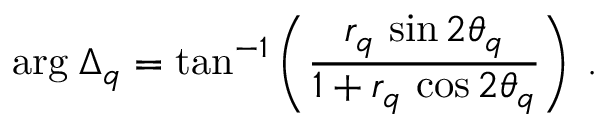
\mathrm { a r g } \: \Delta _ { q } = \mathrm { t a n } ^ { - 1 } \left( \frac { r _ { q } \, \sin 2 \theta _ { q } } { 1 + r _ { q } \, \cos 2 \theta _ { q } } \right) \: .